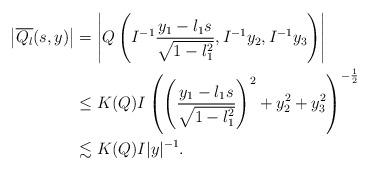
LaTeX: \begin{align*} \left| \overline{Q_l}(s,y) \right| &= \left| Q\left(I^{-1} \frac{y_1 - l_1 s}{\sqrt{1-l_1^2}}, I^{-1} y_2, I^{-1} y_3\right) \right| \\&\le K(Q) I \left( \left( \frac{y_1 - l_1 s}{\sqrt{1-l_1^2}} \right)^2 + y_2^2 + y_3^2 \right)^{-\frac12} \\&\lesssim K(Q) I |y|^{-1}.\end{align*}